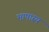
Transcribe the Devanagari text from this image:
भाषास्य